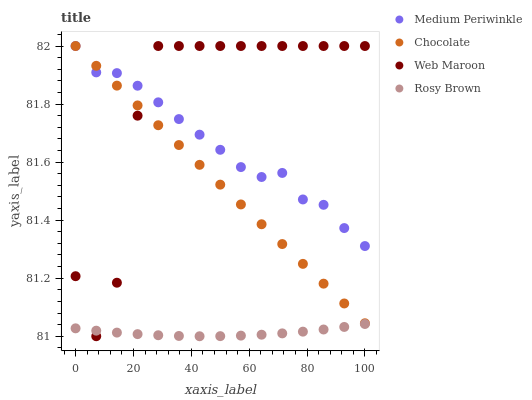
| xaxis_label | Medium Periwinkle | Chocolate | Web Maroon | Rosy Brown |
 | --- | --- | --- | --- | --- |
 | 0 | 82 | 82 | 81.2 | 81 |
 | 7.14 | 81.9 | 81.9 | 81 | 81 |
 | 14.3 | 81.9 | 81.9 | 81.2 | 81 |
 | 21.4 | 81.9 | 81.8 | 81.8 | 81 |
 | 28.6 | 81.8 | 81.7 | 82 | 81 |
 | 35.7 | 81.7 | 81.7 | 82 | 81 |
 | 42.9 | 81.7 | 81.6 | 82 | 81 |
 | 50 | 81.6 | 81.5 | 82 | 81 |
 | 57.1 | 81.6 | 81.5 | 82 | 81 |
 | 64.3 | 81.5 | 81.4 | 82 | 81 |
 | 71.4 | 81.6 | 81.3 | 82 | 81 |
 | 78.6 | 81.5 | 81.2 | 82 | 81 |
 | 85.7 | 81.5 | 81.2 | 82 | 81 |
 | 92.9 | 81.4 | 81.1 | 82 | 81 |
 | 100 | 81.3 | 81 | 82 | 81 |